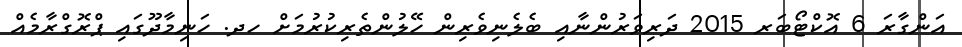
އަންގާރަ 6 އޮކްޓޯބަރ 2015 ދަރިވަރުންނާއި ބެލެނިވެރިން ހޭލުންތެރިކުރުމަށް ހދ. ހަނިމާދޫގައި ޕްރޮގްރާމެއް